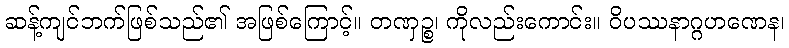
ဆန့်ကျင်ဘက်ဖြစ်သည်၏ အဖြစ်ကြောင့်။ တဏှဉ္စ၊ ကိုလည်းကောင်း။ ဝိပဿနာဂ္ဂဟဏေန၊